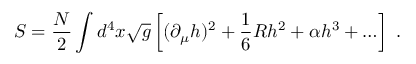
S = { \frac { N } { 2 } } \int d ^ { 4 } x \sqrt g \left[ ( \partial _ { \mu } h ) ^ { 2 } + { \frac { 1 } { 6 } } R h ^ { 2 } + \alpha h ^ { 3 } + \ldots \right] \ .